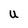
Character: U